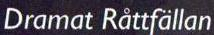
Dramat Råttfällan